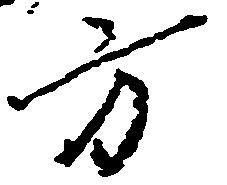
方